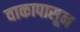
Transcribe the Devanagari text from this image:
वाकापासून